Indian journal of veterinary science and animal husbandry - Volume 1,
Year: 1931
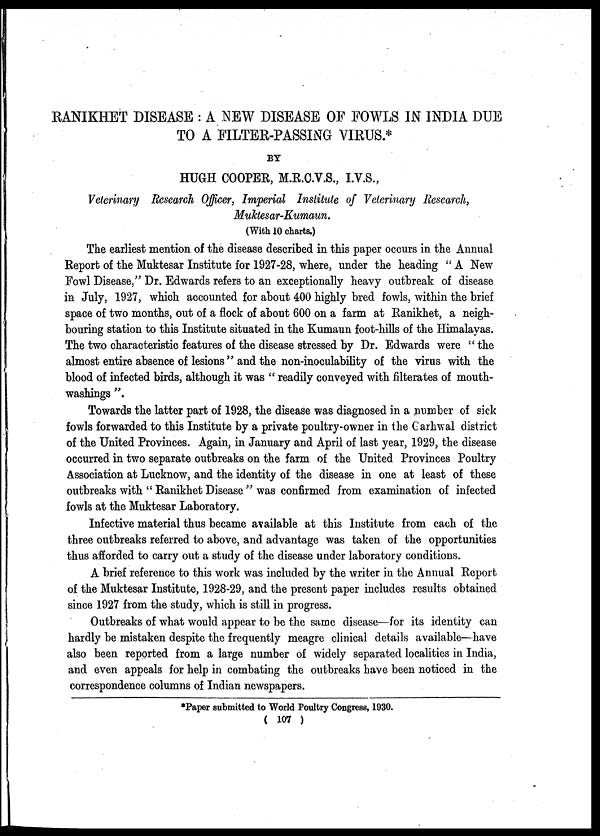
RANIKHET DISEASE : A NEW DISEASE OF FOWLS IN INDIA DUE
TO A FILTER-PASSING VIRUS.*
BY
HUGH COOPER, M.R.C.V.S., I.V.S.,
Veterinary Research Officer, Imperial Institute of Veterinary Research,
Muktesar-Kumaun.
(With 10 charts.)
The earliest mention of the disease described in this paper occurs in the Annual
Report of the Muktesar Institute for 1927-28, where, under the heading " A New
Fowl Disease," Dr. Edwards refers to an exceptionally heavy outbreak of disease
in July, 1927, which accounted for about 400 highly bred fowls, within the brief
space of two months, out of a flock of about 600 on a farm at Ranikhet, a neigh-
bouring station to this Institute situated in the Kumaun foot-hills of the Himalayas.
The two characteristic features of the disease stressed by Dr. Edwards were " the
almost entire absence of lesions" and the non-inoculability of the virus with the
blood of infected birds, although it was " readily conveyed with filterates of mouth-
washings ".
Towards the latter part of 1928, the disease was diagnosed in a number of sick
fowls forwarded to this Institute by a private poultry-owner in the Carhwal district
of the United Provinces. Again, in January and April of last year, 1929, the disease
occurred in two separate outbreaks on the farm of the United Provinces Poultry
Association at Lucknow, and the identity of the disease in one at least of these
outbreaks with " Ranikhet Disease " was confirmed from examination of infected
fowls at the Muktesar Laboratory.
Infective material thus became available at this Institute from each of the
three outbreaks referred to above, and advantage was taken of the opportunities
thus afforded to carry out a study of the disease under laboratory conditions.
A brief reference to this work was included by the writer in the Annual Report
of the Muktesar Institute, 1928-29, and the present paper includes results obtained
since 1927 from the study, which is still in progress.
Outbreaks of what would appear to be the same disease—for its identity can
hardly be mistaken despite the frequently meagre clinical details available—have
also been reported from a large number of widely separated localities in India,
and even appeals for help in combating the outbreaks have been noticed in the
correspondence columns of Indian newspapers.
*Paper submitted to World Poultry Congress, 1930.
( 107 )